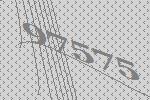
97575